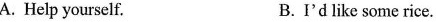
A. Help yourself. B.I'd like some rice.